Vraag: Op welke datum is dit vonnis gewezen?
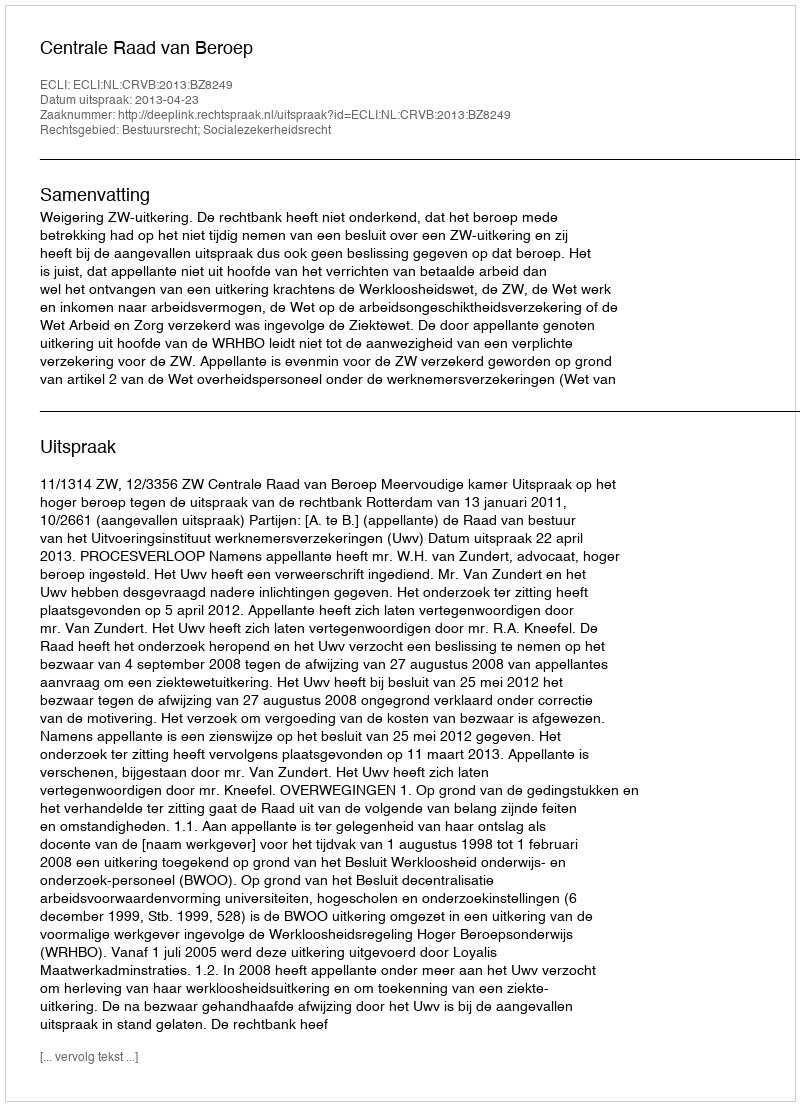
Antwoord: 2013-04-23